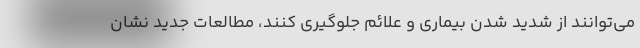
می‌توانند از شدید شدن بیماری و علائم جلوگیری کنند، مطالعات جدید نشان